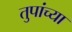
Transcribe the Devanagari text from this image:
तुपांच्या